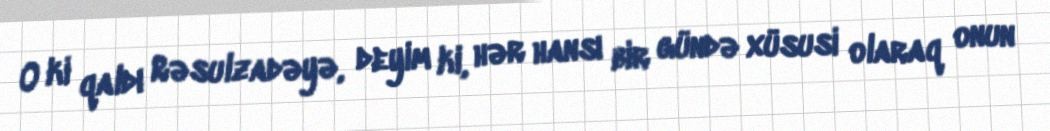
O ki qaldı Rəsulzadəyə, deyim ki, hər hansı bir gündə xüsusi olaraq onun